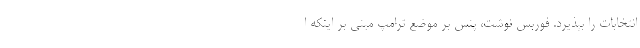
انتخابات را بپذیرد. فوربس نوشت، پنس بر موضع ترامپ مبنی بر اینکه ا